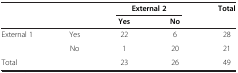
<table><thead><tr><td rowspan="2" colspan="2"><b> </b></td><td colspan="2"><b>External 2</b></td><td rowspan="2"><b>Total</b></td></tr><tr><td><b>Yes</b></td><td><b>No</b></td></tr></thead><tbody><tr><td rowspan="2">External 1</td><td>Yes</td><td>22</td><td>6</td><td>28</td></tr><tr><td>No</td><td>1</td><td>20</td><td>21</td></tr><tr><td colspan="2">Total</td><td>23</td><td>26</td><td>49</td></tr></tbody></table>